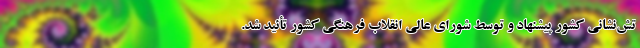
تش‌نشانی کشور پیشنهاد و توسط شورای عالی انقلاب فرهنگی کشور تأئید شد.